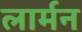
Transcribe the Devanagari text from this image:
लार्मन